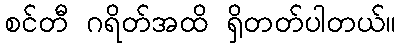
စင်တီ ဂရိတ်အထိ ရှိတတ်ပါတယ်။